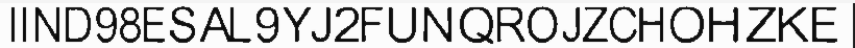
IIND98ESAL9YJ2FUNQROJZCHOHZKE